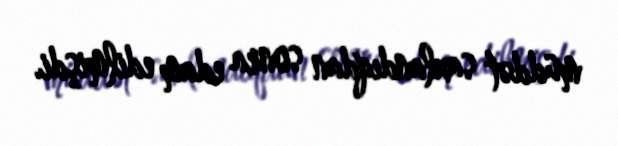
müddət saxlandıqdan sonra edam edilmişdi.